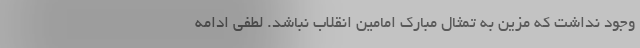
وجود نداشت که مزین به تمثال مبارک امامین انقلاب نباشد. لطفی ادامه